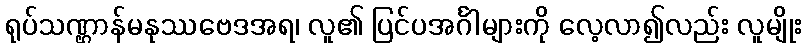
ရုပ်သဏ္ဌာန်မနုဿဗေဒအရ၊ လူ၏ ပြင်ပအင်္ဂါများကို လေ့လာ၍လည်း လူမျိုး